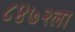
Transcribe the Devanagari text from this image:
८४७२ला